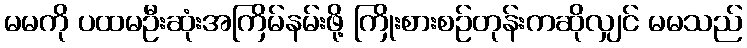
မမကို ပထမဦးဆုံးအကြိမ်နမ်းဖို့ ကြိုးစားစဉ်တုန်းကဆိုလျှင် မမသည်